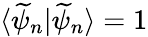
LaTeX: \langle\widetilde\psi_{n}|\widetilde\psi_{n}\rangle=1